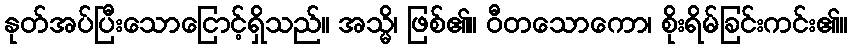
နုတ်အပ်ပြီးသောငြောင့်ရှိသည်။ အသ္မိ၊ ဖြစ်၏။ ဝီတသောကော၊ စိုးရိမ်ခြင်းကင်း၏။